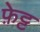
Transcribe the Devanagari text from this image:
फ़ेट्ट